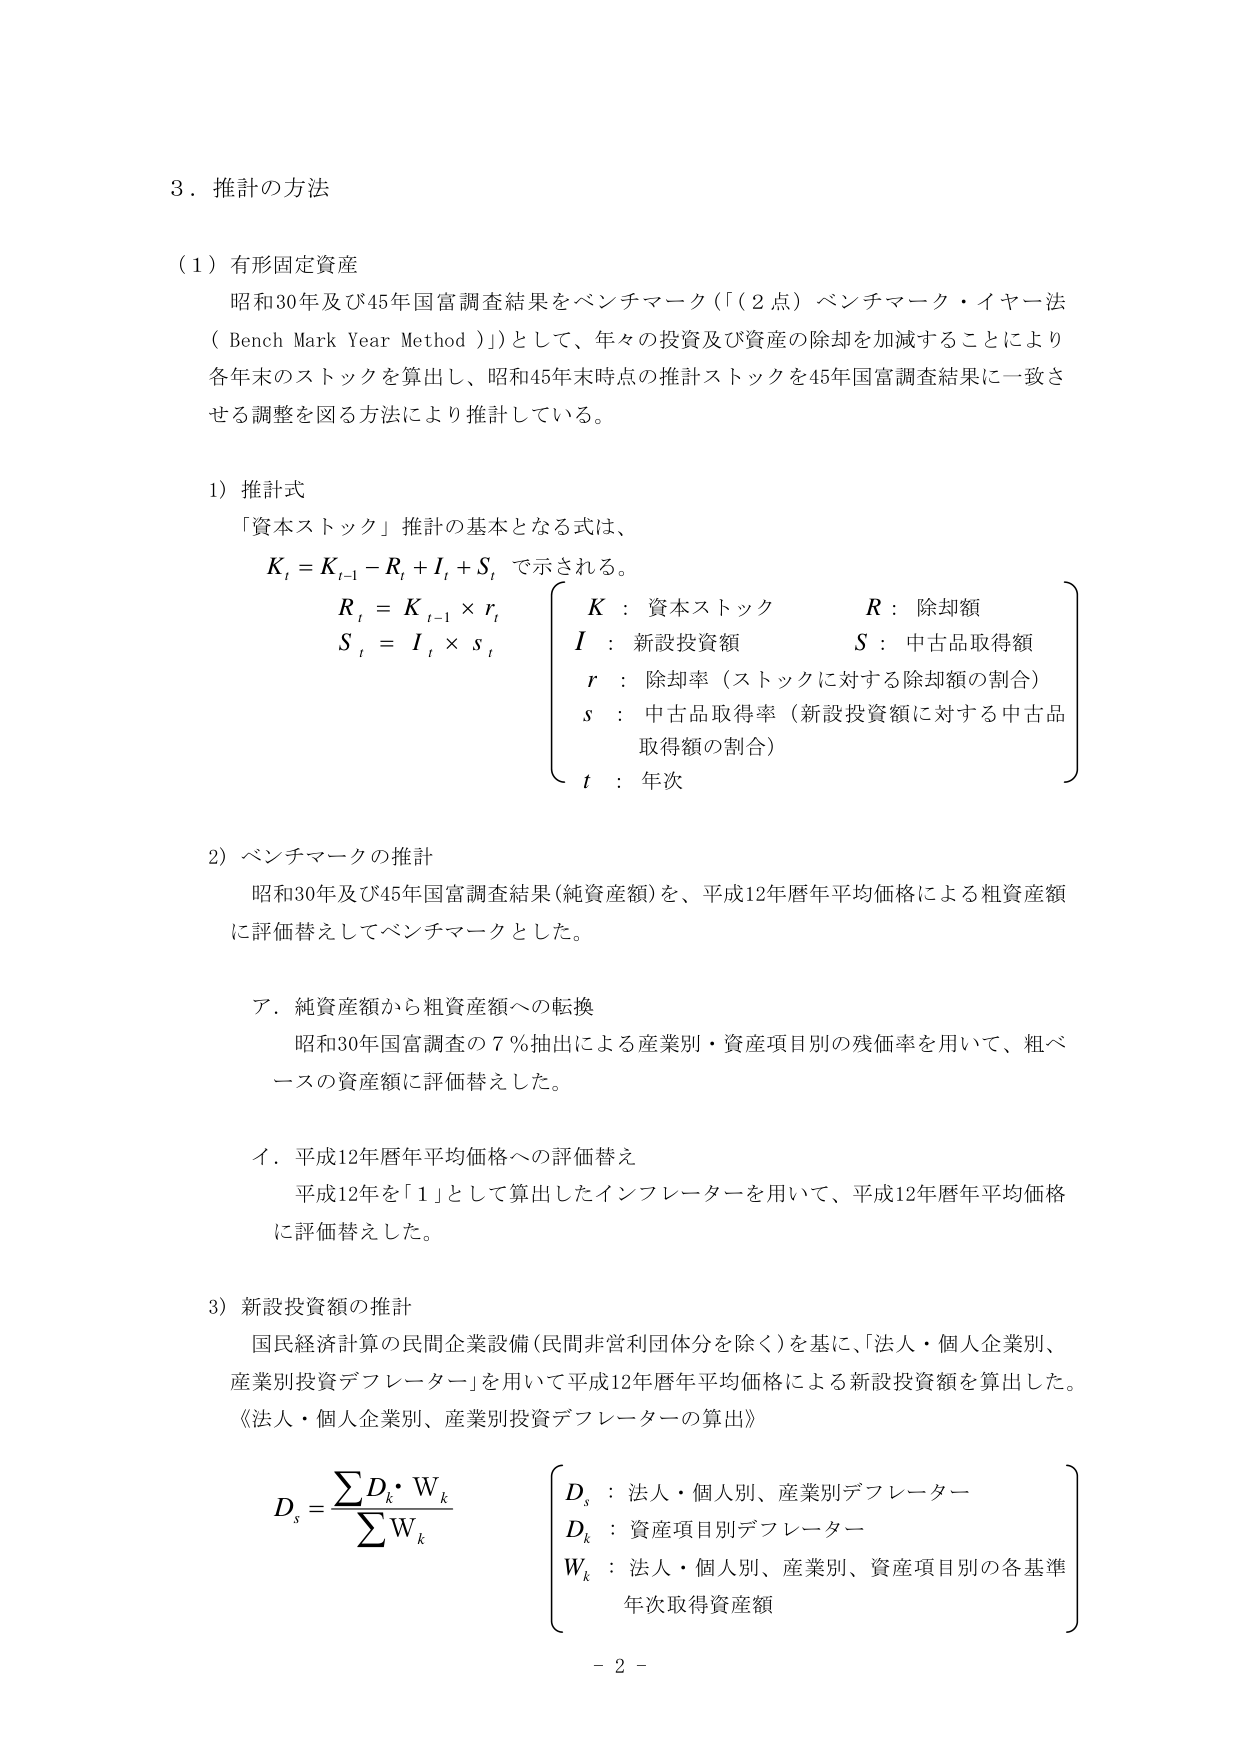
3．推計の方法

（1）有形固定資産
　昭和30年及び45年国富調査結果をベンチマーク（「（2点）ベンチマーク・イヤー法（Bench Mark Year Method）」）として、年々の投資及び資産の除却を加減することにより各年末のストックを算出し、昭和45年末時点の推計ストックを45年国富調査結果に一致させる調整を図る方法により推計している。

1）推計式
　「資本ストック」推計の基本となる式は、
　　K_t = K_{t-1} - R_t + I_t + S_t で示される。
　　R_t = K_{t-1} × r_t
　　S_t = I_t × s_t
　　\left\{
　　\begin{array}{ll}
　　K : 資本ストック & R : 除却額 \\
　　I : 新設投資額 & S : 中古品取得額 \\
　　r : 除却率（ストックに対する除却額の割合） \\
　　s : 中古品取得率（新設投資額に対する中古品取得額の割合） \\
　　t : 年次
　　\end{array}
　　\right.

2）ベンチマークの推計
　昭和30年及び45年国富調査結果（純資産額）を、平成12年暦年平均価格による粗資産額に評価替えしてベンチマークとした。

　ア．純資産額から粗資産額への転換
　　昭和30年国富調査の7％抽出による産業別・資産項目別の残価率を用いて、粗ベースの資産額に評価替えした。

　イ．平成12年暦年平均価格への評価替え
　　平成12年を「1」として算出したインフレレーターを用いて、平成12年暦年平均価格に評価替えした。

3）新設投資額の推計
　国民経済計算の民間企業設備（民間非営利団体分を除く）を基に、「法人・個人企業別、産業別投資デフレーター」を用いて平成12年暦年平均価格による新設投資額を算出した。
　《法人・個人企業別、産業別投資デフレーターの算出》

　　D_s = \frac{\sum D_k \cdot W_k}{\sum W_k}
　　\left\{
　　\begin{array}{ll}
　　D_s : 法人・個人別、産業別デフレーター \\
　　D_k : 資産項目別デフレーター \\
　　W_k : 法人・個人別、産業別、資産項目別の各基準年次取得資産額
　　\end{array}
　　\right.

- 2 -